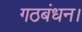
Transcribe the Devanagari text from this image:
गठबंधन।